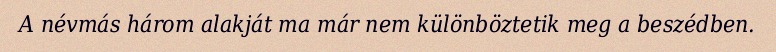
A névmás három alakját ma már nem különböztetik meg a beszédben.